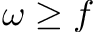
\omega \geq f